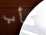
كأب